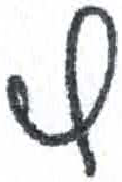
אות: ץ